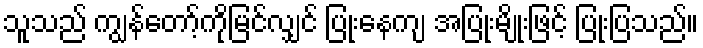
သူသည် ကျွန်တော့်ကိုမြင်လျှင် ပြုံးနေကျ အပြုံးမျိုးဖြင့် ပြုံးပြသည်။